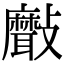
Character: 𣀯